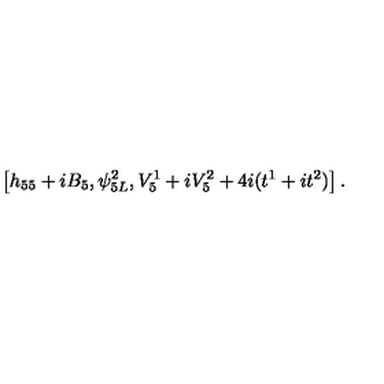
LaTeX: \left[ h _ { 5 5 } + i B _ { 5 } , \psi _ { 5 L } ^ { 2 } , V _ { 5 } ^ { 1 } + i V _ { 5 } ^ { 2 } + 4 i ( t ^ { 1 } + i t ^ { 2 } ) \right] .